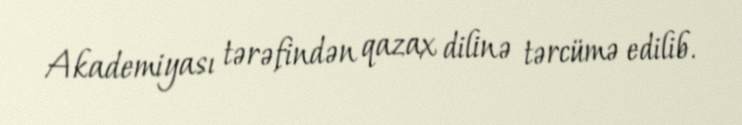
Akademiyası tərəfindən qazax dilinə tərcümə edilib.